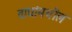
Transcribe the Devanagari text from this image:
वाघांमधील